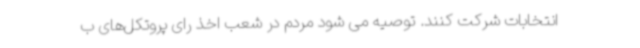
انتخابات شرکت کنند. توصیه می شود مردم در شعب اخذ رای پروتکل‌های ب